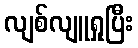
လျစ်လျူရှုပြီး